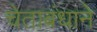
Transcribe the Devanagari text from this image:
चेताबंधाने